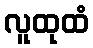
လူထုထံ